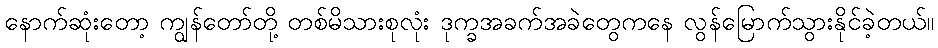
နောက်ဆုံးတော့ ကျွန်တော်တို့ တစ်မိသားစုလုံး ဒုက္ခအခက်အခဲတွေကနေ လွန်မြောက်သွားနိုင်ခဲ့တယ်။